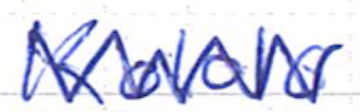
Text: Kololo
Cross-out: mix
Writing tool: ballpoint